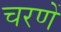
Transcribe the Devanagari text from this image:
चरणें